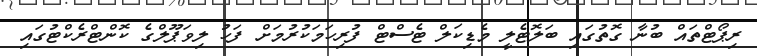
ރިޕޯޓްތައް ބުނާ ގޮތުގައި ބަލޮޓެލީ މެޑިކަލް ޓެސްޓް ފުރިހަމަކުރުމަށް ފަހު ލިވަޕޫލްގެ ކޮންޓްރެކްޓުގައި